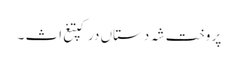
پر وخت شہ دستاں درکپتغ اث ۔